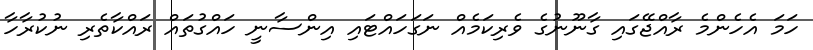
ހަމަ އެހެންމެ ރާއްޖޭގައި ގާނޫނުގެ ވެރިކަމެއް ނަގަހައްޓައި އިންސާނީ ހައްގުތައް ރައްކާތެރި ނުކުރާހާ